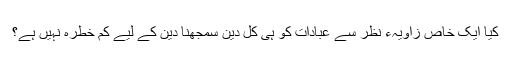
کیا ایک خاص زاویہء نظر سے عبادات کو ہی کل دین سمجھنا دین کے لیے کم خطرہ نہیں ہے؟